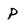
Character: p